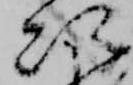
次